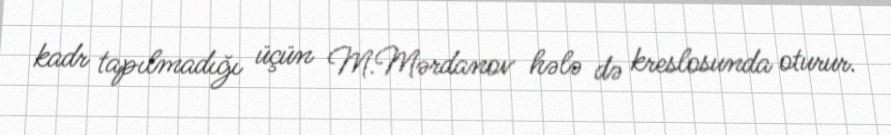
kadr tapılmadığı üçün M.Mərdanov hələ də kreslosunda oturur.